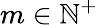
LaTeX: m\in\mathbb{N}^{+}